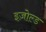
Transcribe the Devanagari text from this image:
इज़ोल्ड